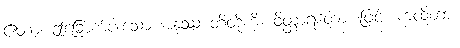
ဧတာ၊ ဤခြောက်ပါးသော အနုဿ တိတို့ကို။ ဝိတ္ထာရတော၊ ဖြင့်။ ကထိတာ၊